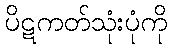
ပိဋကတ်သုံးပုံကို